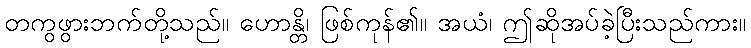
တကွဖွားဘက်တို့သည်။ ဟောန္တိ၊ ဖြစ်ကုန်၏။ အယံ၊ ဤဆိုအပ်ခဲ့ပြီးသည်ကား။